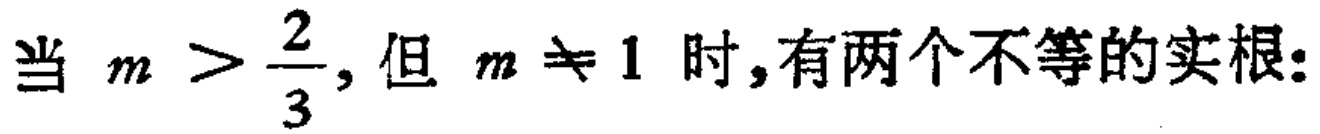
当 \(m > \frac{2}{3}\), 但 \(m \neq 1\) 时,有两个不等的实根: